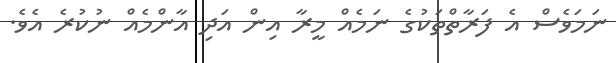
ނަމަވެސް އެ ފަރާތްތަކުގެ ނަމެއް މީރާ އިން އަދި އާންމެއް ނުކުރެ އެވެ.